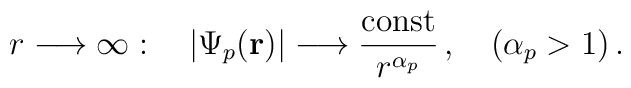
r\longrightarrow\infty :\hspace{4mm}|\Psi_p({\bf r})|\longrightarrow\frac{{\rm const}}{r^{\alpha_p}}\,,\hspace{4mm} (\alpha_p>1)\,.